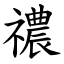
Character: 禯